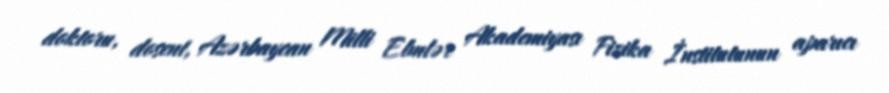
doktoru, dosent, Azərbaycan Milli Elmlər Akademiyası Fizika İnstitutunun aparıcı